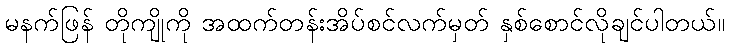
မနက်ဖြန် တိုကျိုကို အထက်တန်းအိပ်စင်လက်မှတ် နှစ်စောင်လိုချင်ပါတယ်။